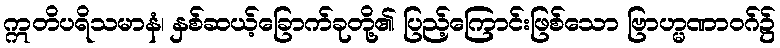
ဣတိပရိသမာနံ၊ နှစ်ဆယ့်ခြောက်ခုတို့၏ ပြည့်ကြောင်းဖြစ်သော ဗြာဟ္မဏာဝဂ်၌